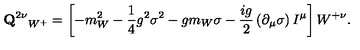
{ { \bf Q } ^ { 2 \nu } } _ { W ^ { + } } = \left[ - m _ { W } ^ { 2 } - \frac { 1 } { 4 } g ^ { 2 } \sigma ^ { 2 } - g m _ { W } \sigma - \frac { i g } { 2 } \left( \partial _ { \mu } \sigma \right) I ^ { \mu } \right] W ^ { + \nu } .